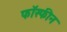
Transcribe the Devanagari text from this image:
फॉस्फीन